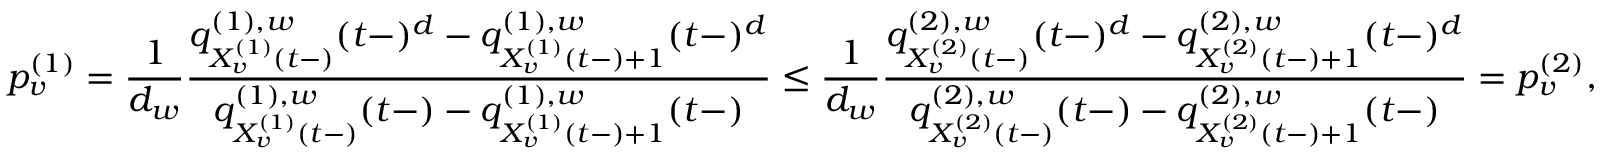
p _ { v } ^ { ( 1 ) } = \frac { 1 } { d _ { w } } \frac { q _ { X _ { v } ^ { ( 1 ) } ( t - ) } ^ { ( 1 ) , w } ( t - ) ^ { d } - q _ { X _ { v } ^ { ( 1 ) } ( t - ) + 1 } ^ { ( 1 ) , w } ( t - ) ^ { d } } { q _ { X _ { v } ^ { ( 1 ) } ( t - ) } ^ { ( 1 ) , w } ( t - ) - q _ { X _ { v } ^ { ( 1 ) } ( t - ) + 1 } ^ { ( 1 ) , w } ( t - ) } \leq \frac { 1 } { d _ { w } } \frac { q _ { X _ { v } ^ { ( 2 ) } ( t - ) } ^ { ( 2 ) , w } ( t - ) ^ { d } - q _ { X _ { v } ^ { ( 2 ) } ( t - ) + 1 } ^ { ( 2 ) , w } ( t - ) ^ { d } } { q _ { X _ { v } ^ { ( 2 ) } ( t - ) } ^ { ( 2 ) , w } ( t - ) - q _ { X _ { v } ^ { ( 2 ) } ( t - ) + 1 } ^ { ( 2 ) , w } ( t - ) } = p _ { v } ^ { ( 2 ) } ,